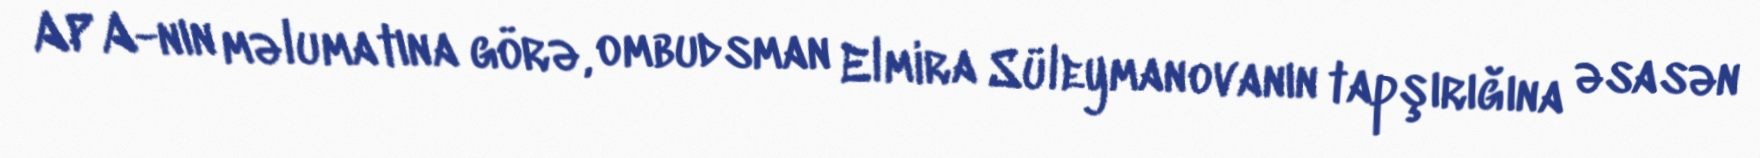
APA-nın məlumatına görə, ombudsman Elmira Süleymanovanın tapşırığına əsasən